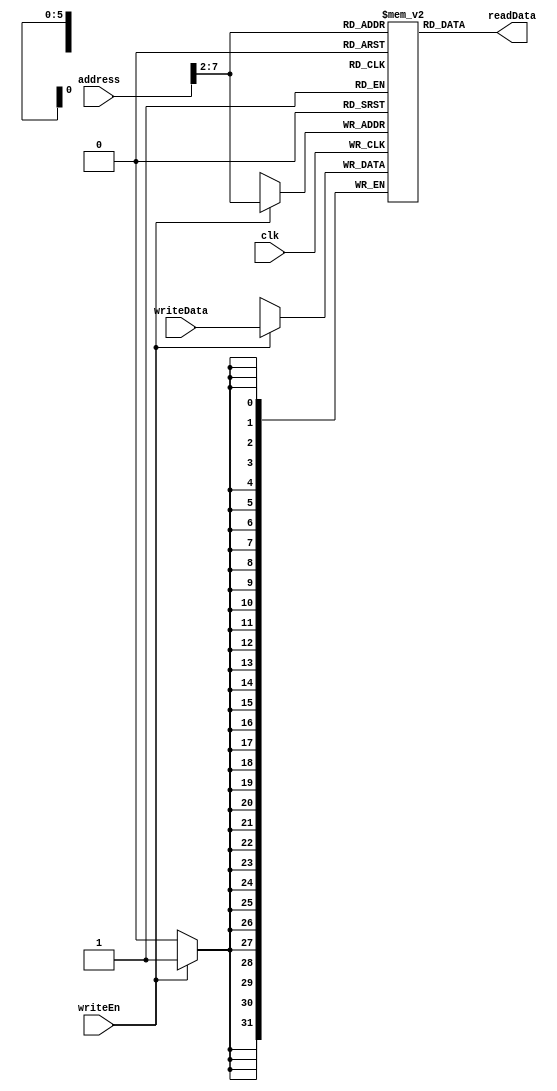
module data_memory
(
	input clk , writeEn,
	input[31:0] address , writeData,
	output [31:0] readData
);
 reg [31:0] memory [63:0] ;
 assign readData = memory[address[31:2]];
 always @(posedge clk)
	if (writeEn)
		memory[address[31:2]] <= writeData ;
endmodule